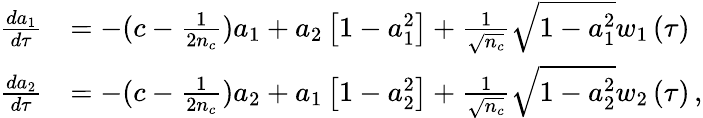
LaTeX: \begin{array}{rl}{\frac{da_{1}}{d\tau}}&{=-(c-\frac{1}{2n_{c}})a_{1}+a_{2}\left[1-a_{1}^{2}\right]+\frac{1}{\sqrt{n_{c}}}\sqrt{1-a_{1}^{2}}w_{1}\left(\tau\right)}\\ {\frac{da_{2}}{d\tau}}&{=-(c-\frac{1}{2n_{c}})a_{2}+a_{1}\left[1-a_{2}^{2}\right]+\frac{1}{\sqrt{n_{c}}}\sqrt{1-a_{2}^{2}}w_{2}\left(\tau\right)\, ,}\end{array}